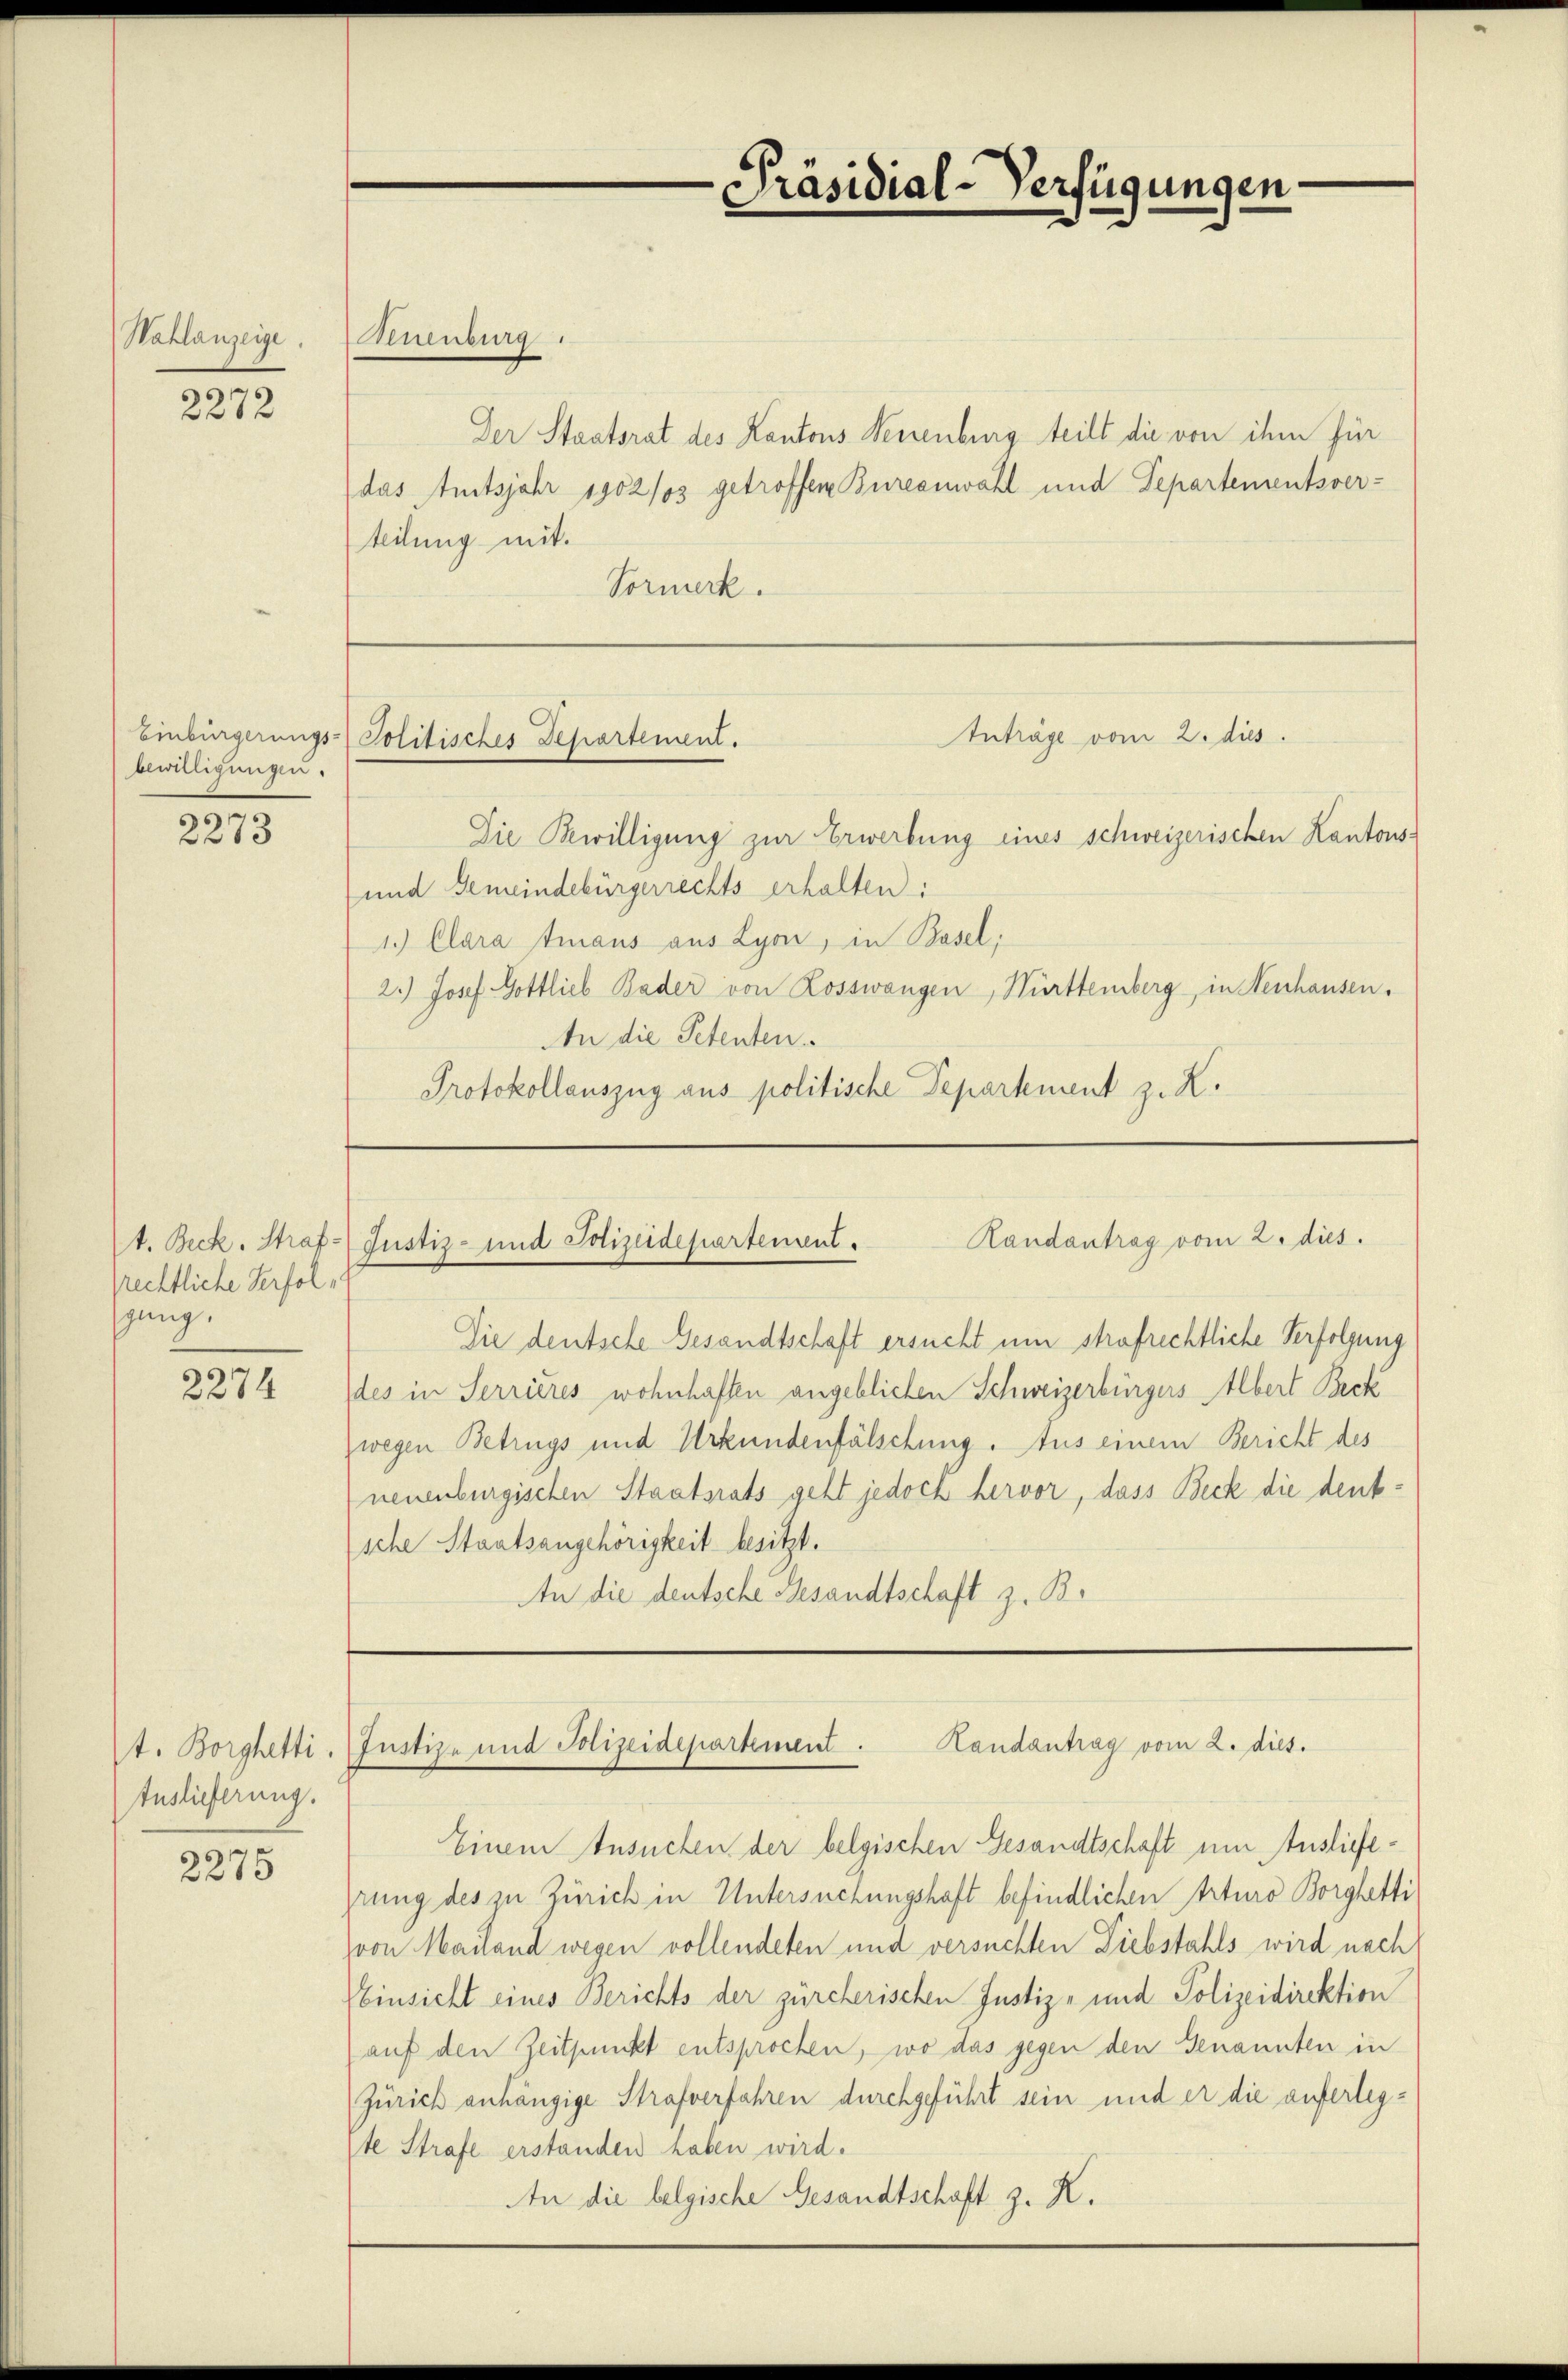
Nahlanzeige

2272

bewilligungen.

2273

rechtliche Verfolsging.

2274

t. Borghetti.
tuslieferung.

2275

Ruenburg.
Der Staatsrat des Kantons Neuenburg teilt die von ihm für
das Amtsjahr 1902/03 getroffen Bureauwahl und Departementsver-
teilung mit.
Vormerk.

Einbürgerungs-Politisches Departement.

6
Präsidial-Verfügungen

Anträge vom 2. dies
Die Bewilligung zur Erwerbung eines schweizerischen Kantons¬
und Gemeindebürgerrechts erhalten:
1.) Clara traus aus Lyon, in Basel.
2.) Josef Gottlieb Bader von Rosswangen, Württemberg, in Neuhausen,
An die Petenten.
Protokollauszug aus politische Departement z. R.

Randantrag vom 2. dies
t. Beck. Straf- Justiz- und Polizeidepartement.

Die deutsche Gesandtschaft ersucht um strafrechtliche Verfolgung
des in Serrieres wohnhaften angeblichen Schweizerbürgers Albert Beck
wegen Betrugs und Urkundenfälschung. Aus einem Bericht des
neuenburgischen Staatsrats geht jedoch hervor, dass Beck die denksche Staatsangehörigkeit besitzt.
An die deutsche Gesandtschaft z. B.

Landantrag vom 2. dies.
Justiz- und Polizeidepartement.

Einem Ansuchen der belgischen Gesandtschaft um Ausliefeprung des zu Zürich in Untersuchungshaft befindlichen Arturo Borghetti
von Mailand wegen vollendeten und versuchten Diebstahls wird nach
EEinsicht eines Berichts der zürcherischen Justiz- und Polizeidirektion
auf den Zeitpunkt entsprochen, wo das gegen den Genannten in
Zürich anhängige Strafverfahren durchgeführt sein und er die auferlegte Strafe erstanden haben wird.
An die belgische Gesandtschaft z. K.